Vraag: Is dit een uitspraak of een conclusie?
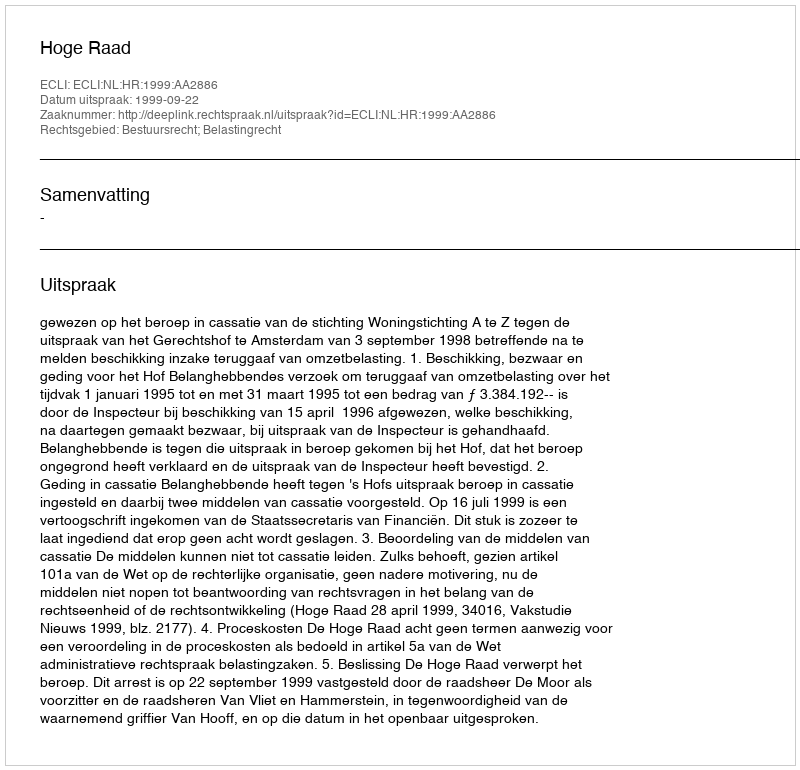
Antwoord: Uitspraak